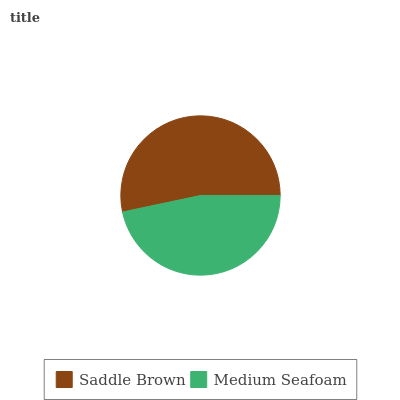
| Saddle Brown | Medium Seafoam |
 | --- | --- |
 | 53.3% | 46.7% |